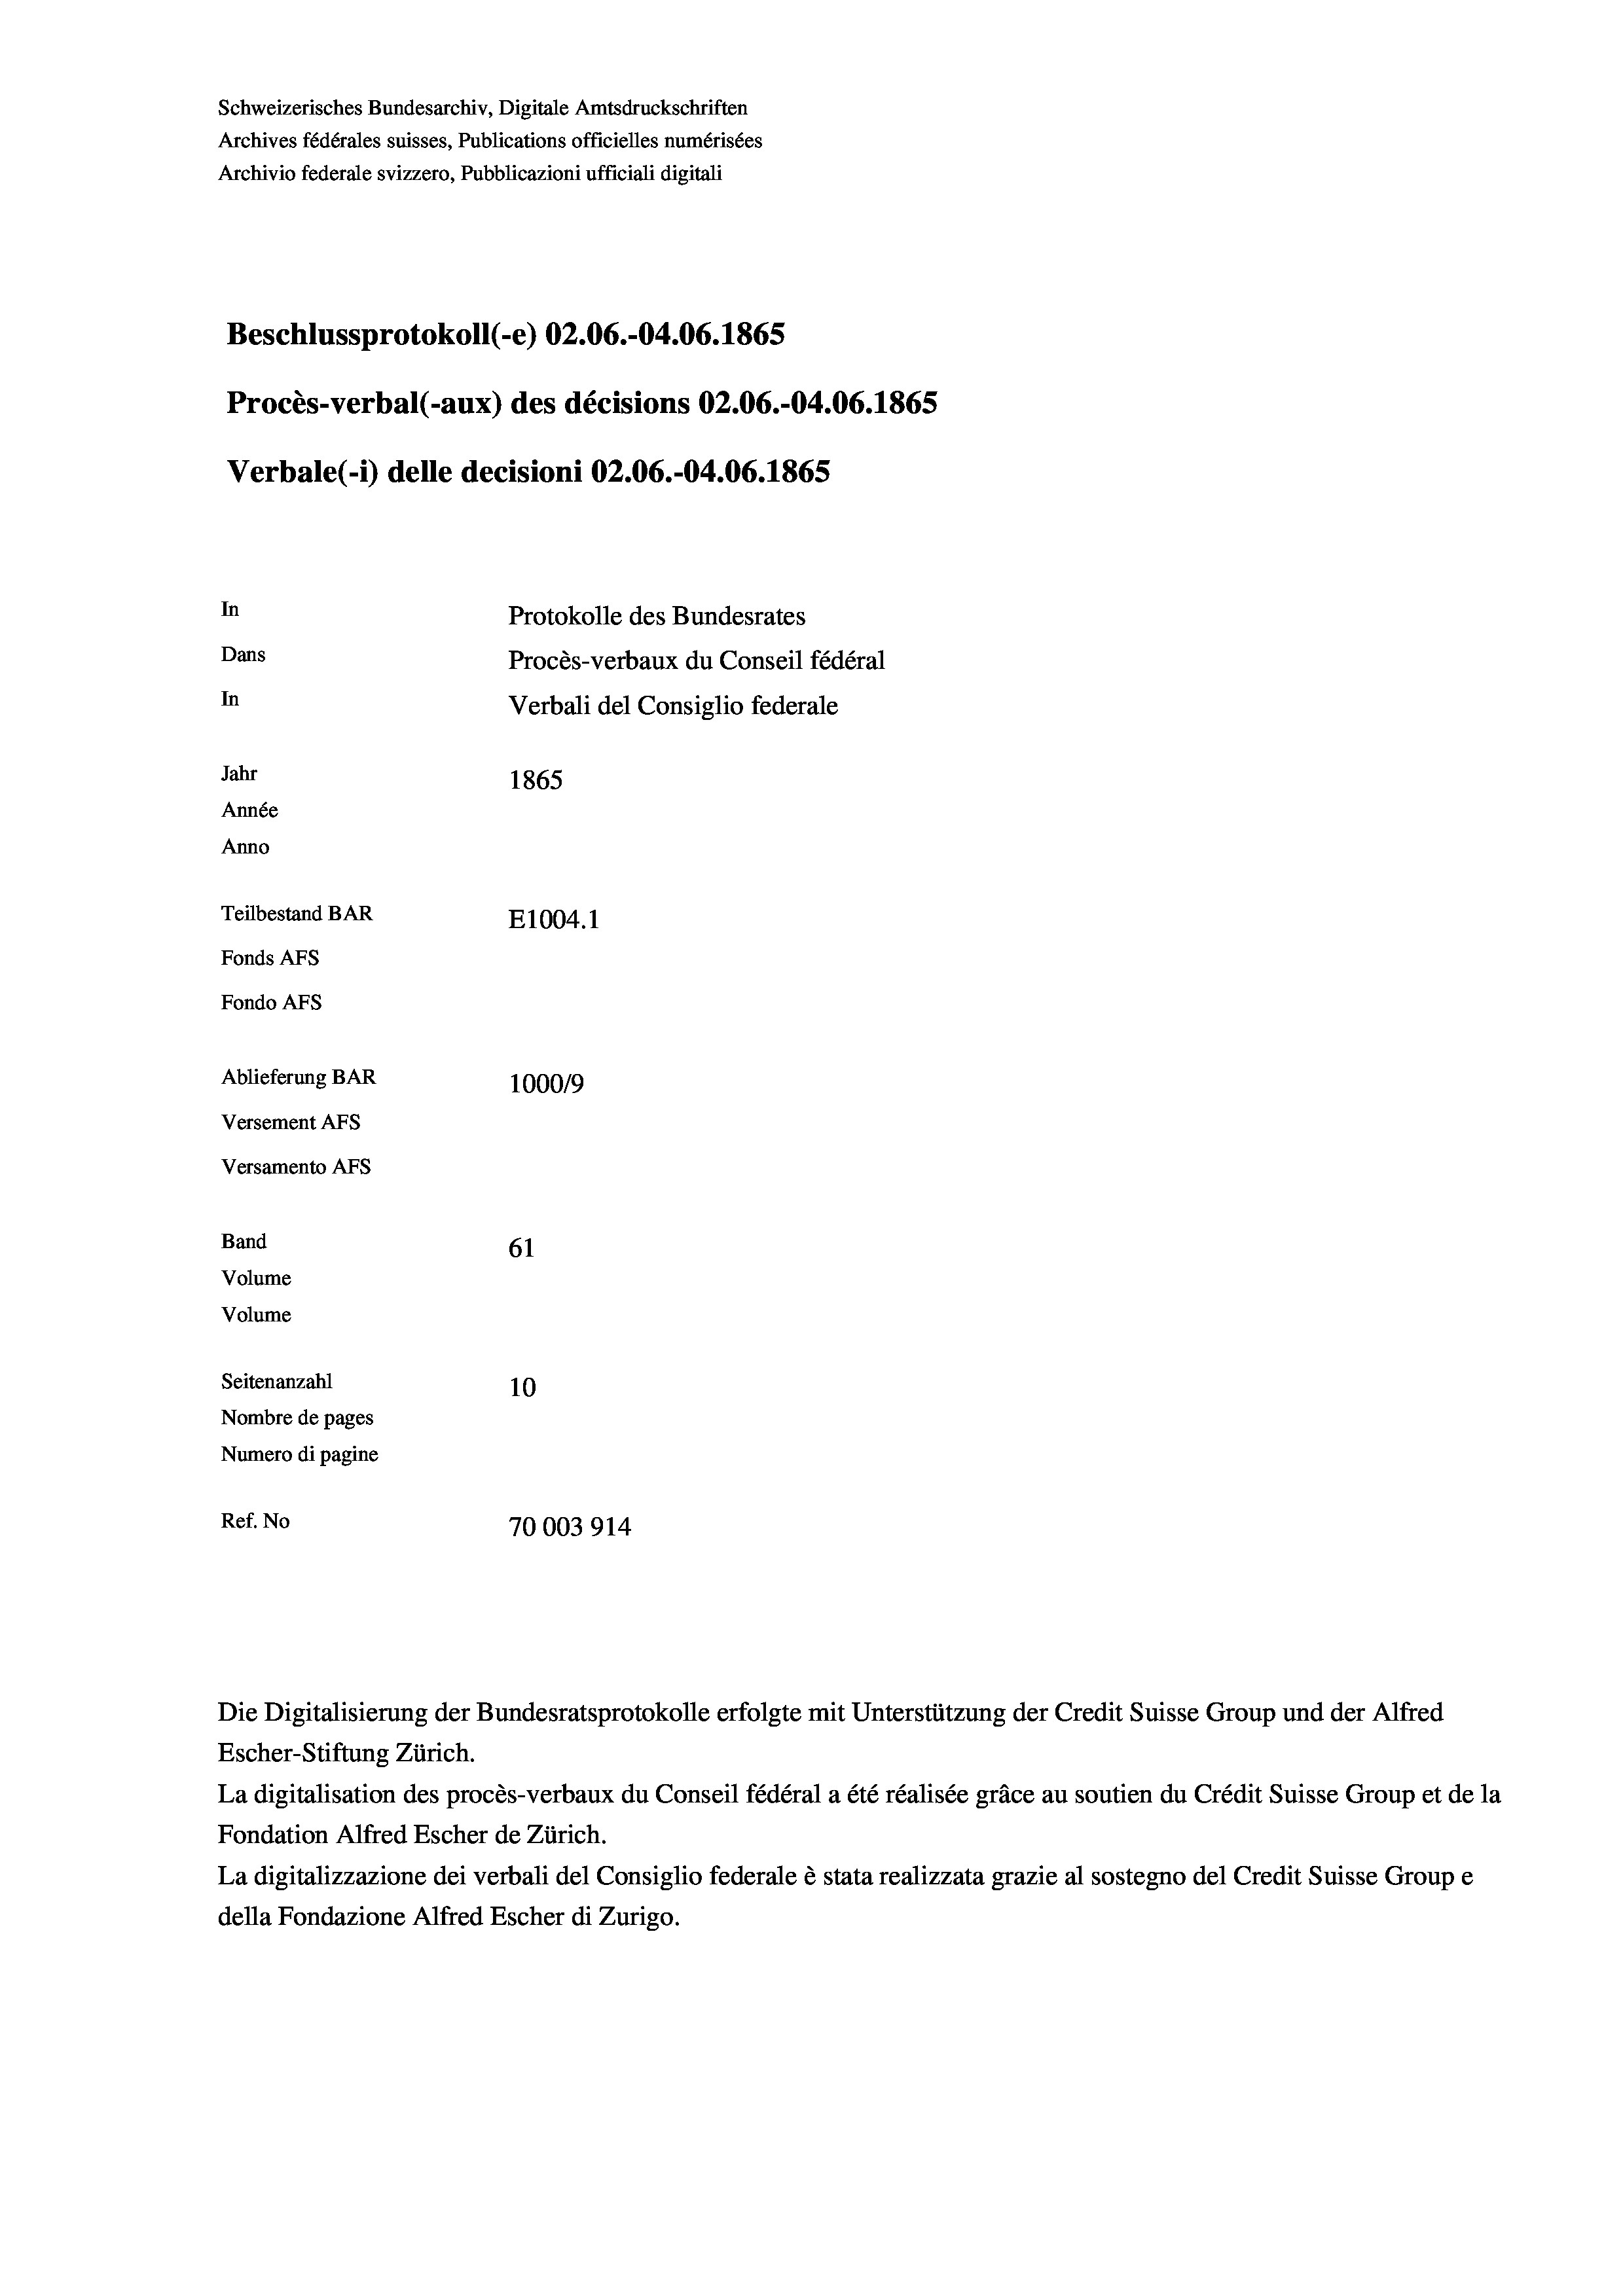
Schweizerisches Bundesarchiv, Digitale Amtsdruckschriften
Archives fédérales suisses, Publications officielles numérisées
Archivio federale svizzero, Pubblicazioni ufficiali digitali
Beschlussprotokoll (-e) 02.06.-04.06. 1865
Procès-verbal (-aux) des décisions 02.06.-04.06. 1865
Verbale (1) delle decisioni 02.06.-04.06. 1865
In
Protokolle des Bundesrates
Dans
Procès-verbaux du Conseil fédéral
In
Verbali del Consiglio federale
Jahr
1865
Année
Anno
Teilbestand BAR
E1004.1
Fonds AFs
Fondo AFS
Ablieferung BAR
100019
Versement AFs
Versamento AFs
Band
61
Volume
Volume
Seitenanzahl
10
Nombre de pages
Numero di pagine
Ref. No
70003914

Escher-Stiftung Zürich.
La digitalisation des procès-verbaux du Conseil fédéral a été réalisée gräce au soutien du Crédit Suisse Group et de la
Fondation Alfred Escher de Zürich.
La digitalizzazione dei verbali del Consiglio federale è stata realizzata grazie al sostegno del Credit Suisse Groupe
della Fondazione Alfred Escher di Zurigo.

Die Digitalisierung der Bundesratsprotokolle erfolgte mit Unterstützung der Credit Suisse Group und der Alfred